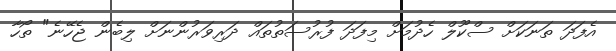
އެފަދަ ތަނަކަށް ސްކޫލް ހެދުމަށް މިފަދަ ފުރުސަތުތައް ދަރިވަރުންނަށް ލިބެން ޖެހޭނެ" ތޯހާ